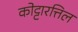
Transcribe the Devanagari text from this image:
कोट्टारत्तिल